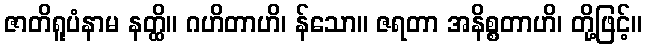
ဇာတိရူပံနာမ နတ္ထိ။ ဂဟိတာဟိ၊ န်သော။ ဇရတာ အနိစ္စတာဟိ၊ တို့ဖြင့်။